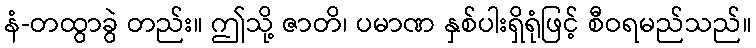
နံ-တထွာခွဲ တည်း။ ဤသို့ ဇာတိ၊ ပမာဏ နှစ်ပါးရှိရုံဖြင့် စီဝရမည်သည်။